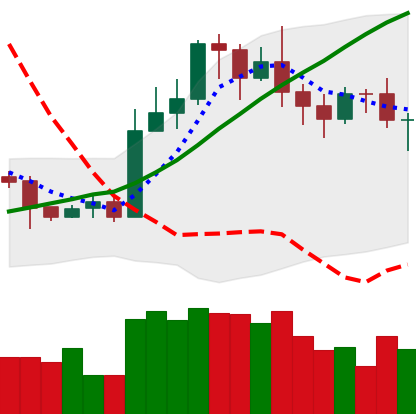
Ticker: LTC-USD
Chart end date: 2020-11-03
Forward return: 13.444%
Label: up_7plus